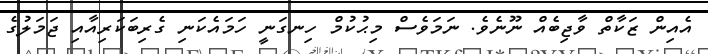
އެއިން ޒަކާތް ވާޖިބެއް ނޫނެވެ. ނަމަވެސް މިޙުކުމް ހިނގަނީ ހަމައެކަނި ގެރިބަކަރިއާއި ޖަމަލުގެ